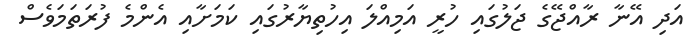
އަދި އޭނާ ރާއްޖޭގެ ޖަލުގައި ހުރީ އަމިއްލަ އިހުތިޔާރުގައި ކަމަށާއި އެންމެ ފުރަތަމަވެސް